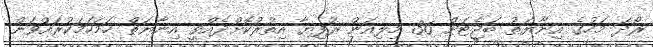
ރޯދަ މަހުގެ އިނާޔަތު ބަޖެޓަށް 36 މިލިއަން ރުފިޔާ އިތުރުކޮށްދެއްވީ އިނާޔަތް ހަމަހަމަކުރައްވަން